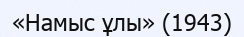
«Намыс ұлы» (1943)